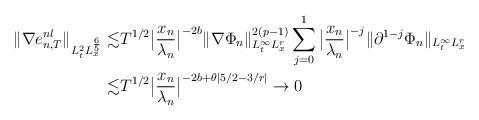
LaTeX: \begin{align*} \|\nabla e_{n,T}^{nl}\|_{L_t^{2}L_x^{\frac65}}\lesssim& T^{1/2}\big|\frac{x_n}{\lambda_n}\big|^{-2b}\|\nabla \Phi_n\|_{L_t^\infty L_x^r}^{2(p-1)}\sum_{j=0}^{1}\big|\frac{x_n}{\lambda_n}\big|^{-j}\|\partial^{1-j}\Phi_n\|_{L_t^\infty L_x^r}\\ \lesssim& T^{1/2}\big|\frac{x_n}{\lambda_n}\big|^{-2b+\theta|5/2-3/r|}\to0\end{align*}